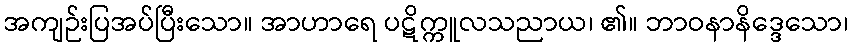
အကျဉ်းပြအပ်ပြီးသော။ အာဟာရေ ပဋိက္ကူလသညာယ၊ ၏။ ဘာဝနာနိဒ္ဒေသော၊